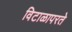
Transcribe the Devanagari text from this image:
विटाळापरते